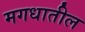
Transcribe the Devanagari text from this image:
मगधातील